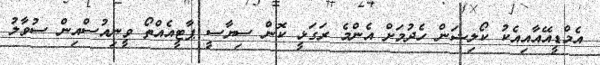
އެމްޑީއޭއާއިއެކު ކޯލިޝަން ހެދުމަށް އެންމެ ރަގަޅީ ކޮން ސިޔާސީ ޕާޓީއެއްތޯ ވީނިއުސްއިން ސުވާލު